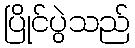
ပြိုင်ပွဲသည်